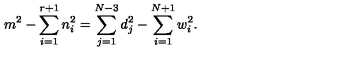
m ^ { 2 } - \sum _ { i = 1 } ^ { r + 1 } n _ { i } ^ { 2 } = \sum _ { j = 1 } ^ { N - 3 } d _ { j } ^ { 2 } - \sum _ { i = 1 } ^ { N + 1 } w _ { i } ^ { 2 } .